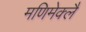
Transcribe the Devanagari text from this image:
मणिमेक्लै